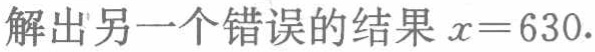
解出另一个错误的结果 \(x = 630\).